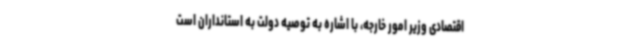
اقتصادی وزیر امور خارجه، با اشاره به توصیه دولت به استانداران است